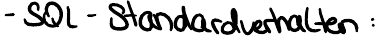
- SQL - Standardverhalten :